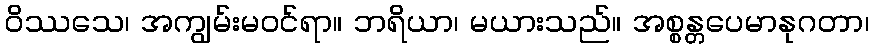
ဝိဿသေ၊ အကျွမ်းမဝင်ရာ။ ဘရိယာ၊ မယားသည်။ အစ္စန္တပေမာနုဂတာ၊